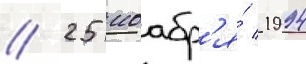
// 25 ноабр'я́ 1994